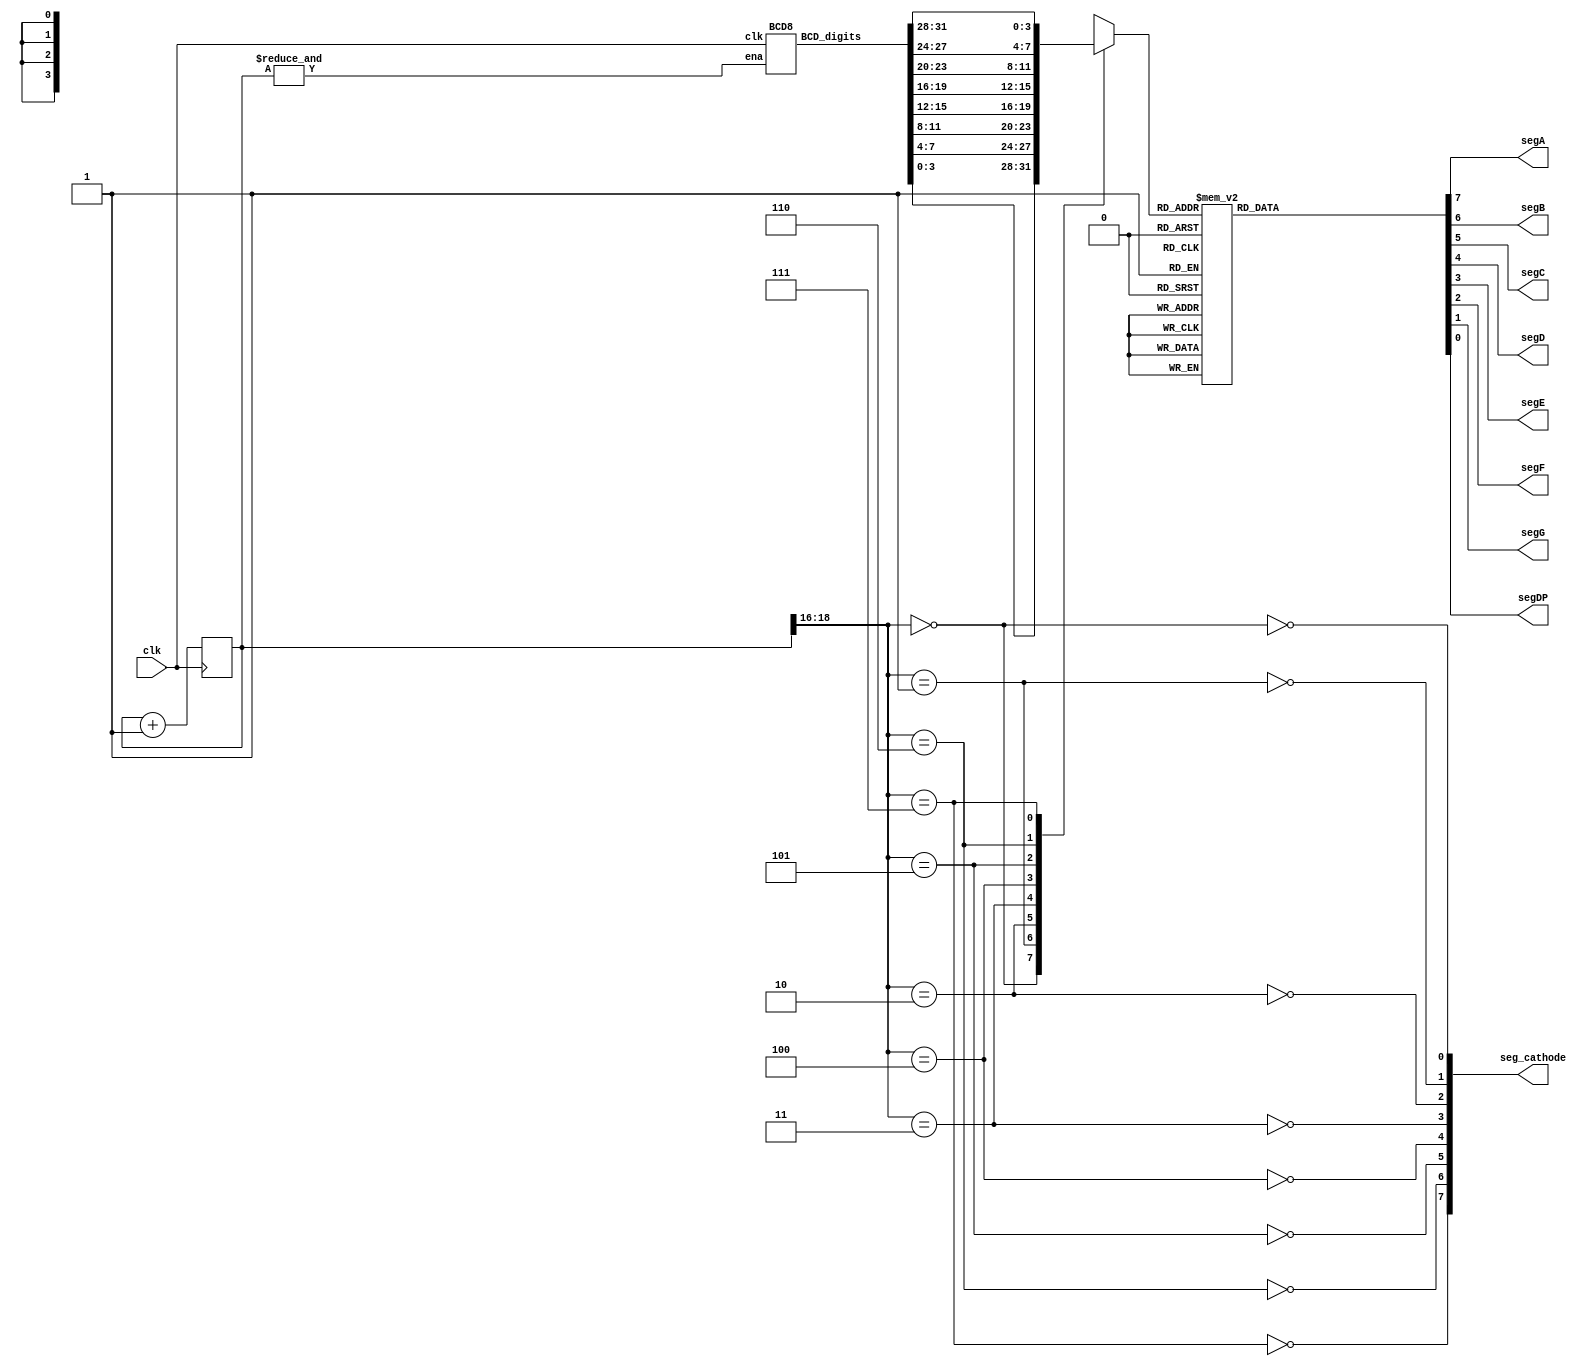
// (c) fpga4fun.com 2006

// Here's a counter design that drives a multiplexed 8-digits 7-segments display.
// The counter goes from 00000000 to 99999999, then rolls-over.
//
// The design uses 3 modules:
//
//   1. BCD1: BCD counter (single digit)
//   2. BCD8: BCD counter (holds 8 digits)
//   3. LED_BCD8x7seg: top-level that drives the display by multiplexing 8 digits

module LED_BCD8x7seg(clk, segA, segB, segC, segD, segE, segF, segG, segDP, seg_cathode);
input clk;
output segA, segB, segC, segD, segE, segF, segG, segDP;
output [7:0] seg_cathode;

reg [23:0] cnt;
always @(posedge clk) cnt<=cnt+24'h1;
wire cntovf = &cnt;

// cathode driver
wire [2:0] digitScan = cnt[18:16];
assign seg_cathode[0] = ~(digitScan==3'h0);
assign seg_cathode[1] = ~(digitScan==3'h1);
assign seg_cathode[2] = ~(digitScan==3'h2);
assign seg_cathode[3] = ~(digitScan==3'h3);
assign seg_cathode[4] = ~(digitScan==3'h4);
assign seg_cathode[5] = ~(digitScan==3'h5);
assign seg_cathode[6] = ~(digitScan==3'h6);
assign seg_cathode[7] = ~(digitScan==3'h7);

// 8 BCD digits
wire [8*4-1:0] BCD_digits;
BCD8 BCD(.clk(clk), .ena(cntovf), .BCD_digits(BCD_digits));  // BCD8 is defined below

// multiplexer
reg [3:0] BCDdigit;
always @(*)
case(digitScan)
    3'd0: BCDdigit = BCD_digits[ 3: 0];
    3'd1: BCDdigit = BCD_digits[ 7: 4];
    3'd2: BCDdigit = BCD_digits[11: 8];
    3'd3: BCDdigit = BCD_digits[15:12];
    3'd4: BCDdigit = BCD_digits[19:16];
    3'd5: BCDdigit = BCD_digits[23:20];
    3'd6: BCDdigit = BCD_digits[27:24];
    3'd7: BCDdigit = BCD_digits[31:28];
endcase

// 7-segments decoder
reg [7:0] SevenSeg;
always @(*)
case(BCDdigit)
    4'h0: SevenSeg = 8'b11111100;
    4'h1: SevenSeg = 8'b01100000;
    4'h2: SevenSeg = 8'b11011010;
    4'h3: SevenSeg = 8'b11110010;
    4'h4: SevenSeg = 8'b01100110;
    4'h5: SevenSeg = 8'b10110110;
    4'h6: SevenSeg = 8'b10111110;
    4'h7: SevenSeg = 8'b11100000;
    4'h8: SevenSeg = 8'b11111110;
    4'h9: SevenSeg = 8'b11110110;
    default: SevenSeg = 8'b00000000;
endcase

assign {segA, segB, segC, segD, segE, segF, segG, segDP} = SevenSeg;
endmodule

// BCD8 holds 8 digits.
// It creates 8 single counts and wire them together so that when one overflows, the next is incremented.

module BCD8(clk, ena, BCD_digits);
input clk, ena;
output [8*4-1:0] BCD_digits;

wire [7:0] carryout;
assign carryout[0] = ena;
BCD1 digit0(.clk(clk), .ena(carryout[0]), .BCD_digit(BCD_digits[ 3: 0]), .BCD_carryout(carryout[1]));
BCD1 digit1(.clk(clk), .ena(carryout[1]), .BCD_digit(BCD_digits[ 7: 4]), .BCD_carryout(carryout[2]));
BCD1 digit2(.clk(clk), .ena(carryout[2]), .BCD_digit(BCD_digits[11: 8]), .BCD_carryout(carryout[3]));
BCD1 digit3(.clk(clk), .ena(carryout[3]), .BCD_digit(BCD_digits[15:12]), .BCD_carryout(carryout[4]));
BCD1 digit4(.clk(clk), .ena(carryout[4]), .BCD_digit(BCD_digits[19:16]), .BCD_carryout(carryout[5]));
BCD1 digit5(.clk(clk), .ena(carryout[5]), .BCD_digit(BCD_digits[23:20]), .BCD_carryout(carryout[6]));
BCD1 digit6(.clk(clk), .ena(carryout[6]), .BCD_digit(BCD_digits[27:24]), .BCD_carryout(carryout[7]));
BCD1 digit7(.clk(clk), .ena(carryout[7]), .BCD_digit(BCD_digits[31:28]));
endmodule

// BCD1 holds 1 digit, with overflow logic.

module BCD1(clk, ena, BCD_digit, BCD_carryout);
input clk, ena;
output [3:0] BCD_digit;
output BCD_carryout;

reg [3:0] BCD_digit;
wire BCDrollover = (BCD_digit==4'd9);
always @(posedge clk)
if(ena)
begin
    if(BCDrollover) BCD_digit<=4'd0; else BCD_digit<=BCD_digit+4'd1;
end

assign BCD_carryout = ena & BCDrollover;
endmodule